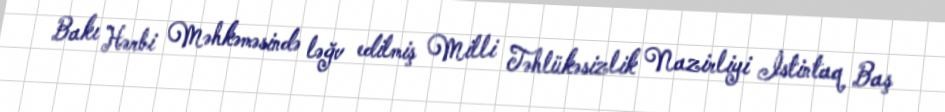
Bakı Hərbi Məhkəməsində ləğv edilmiş Milli Təhlükəsizlik Nazirliyi İstintaq Baş